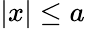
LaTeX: |x|\leq a